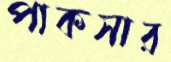
পাকসার